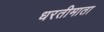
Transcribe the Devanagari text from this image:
धरतीमाता